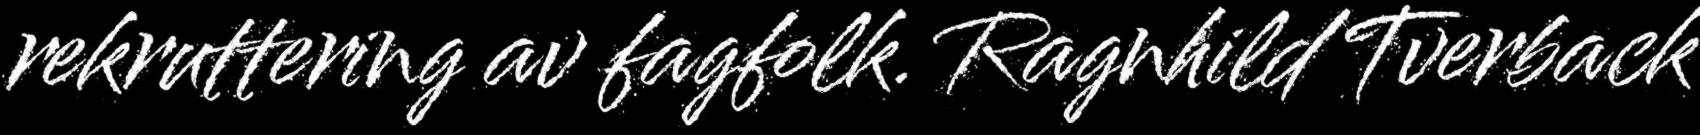
rekruttering av fagfolk. Ragnhild Tverback